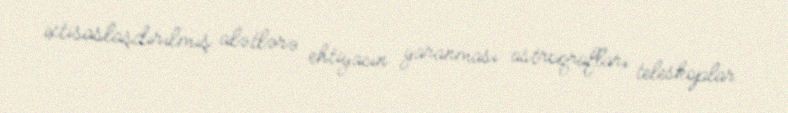
ixtisaslaşdırılmış alətlərə ehtiyacın yaranması astroqrafları teleskoplar